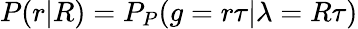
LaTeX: P(r|R)=P_{P}(g=r\tau|\lambda=R\tau)